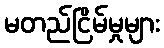
မတည်ငြိမ်မှုများ